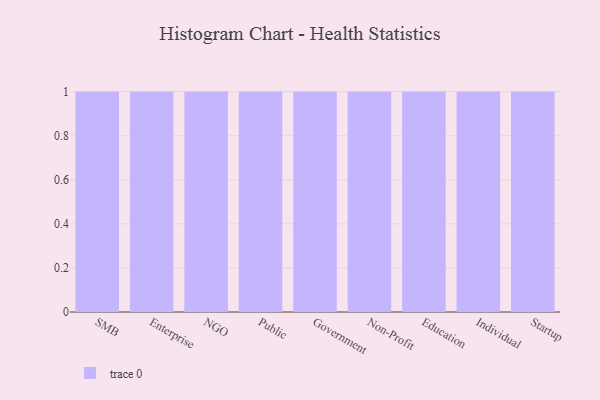
{"axis": {"x": "Segment", "y": "Gross Profit (USD K)"}, "legend": [""], "data": [{"x": "SMB", "y": 64, "type": ""}, {"x": "Enterprise", "y": 72, "type": ""}, {"x": "NGO", "y": 31, "type": ""}, {"x": "Public", "y": 58, "type": ""}, {"x": "Government", "y": 24, "type": ""}, {"x": "Non-Profit", "y": 57, "type": ""}, {"x": "Education", "y": 58, "type": ""}, {"x": "Individual", "y": 6, "type": ""}, {"x": "Startup", "y": 25, "type": ""}]}